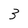
Character: 3